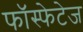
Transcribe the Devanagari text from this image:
फॉस्फेटेज